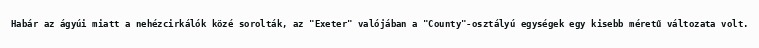
Habár az ágyúi miatt a nehézcirkálók közé sorolták, az "Exeter" valójában a "County"-osztályú egységek egy kisebb méretű változata volt.